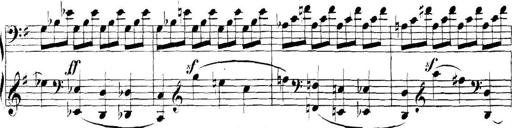
Title: Collected Piano Sonatas
Composer: Muzio Clementi